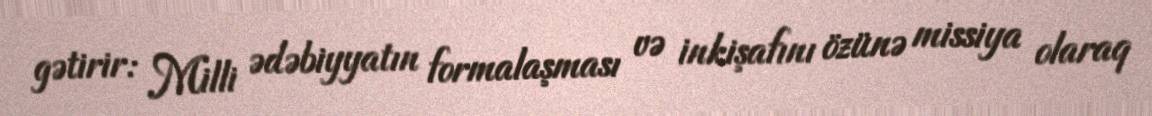
gətirir: Milli ədəbiyyatın formalaşması və inkişafını özünə missiya olaraq